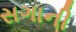
સગાની